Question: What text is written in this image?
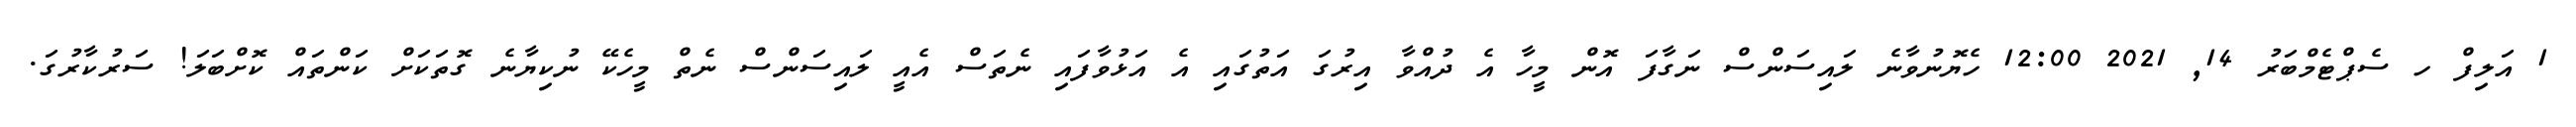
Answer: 1 އަލިފް ހ ސެޕްޓެމްބަރު 14, 2021 12:00 ހެޔޮނުވާނެ ލައިސަންސް ނަގާފަ އޮން މީހާ އެ ދުއްވާ އިރުގަ އަތުގައި އެ އަޅުވާފައި ނެތަސް އެއީ ލައިސަންސް ނެތް މީހެކޭ ނުކިޔާނެ ގޮތަކަށް ކަންތައް ކޮށްބަލަ! ސަރުކާރުގަ.